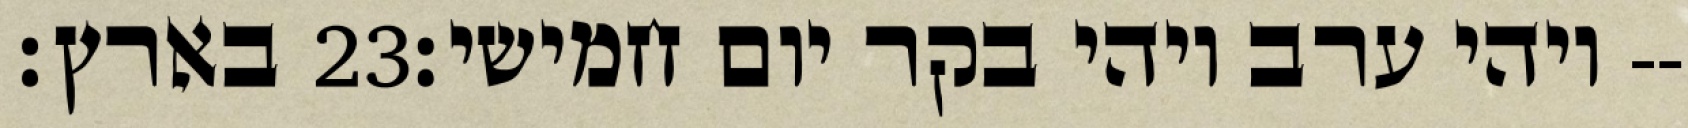
בארץ׃ ‎23‏ ויהי ערב ויהי בקר יום חמישי׃--